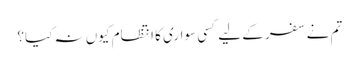
تم نے سفر کے لیے کسی سواری کا انتظام کیوں نہ کیا؟